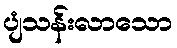
ပျံသန်းလာသော